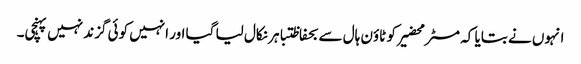
انہوں نے بتایا کہ مسٹر محضیرکو ٹاؤن ہال سے بحفاظتباہر نکال لیا گیا اور انہیں کوئی گزند نہیں پہنچی۔